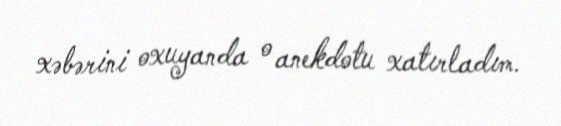
xəbərini oxuyanda o anekdotu xatırladım.